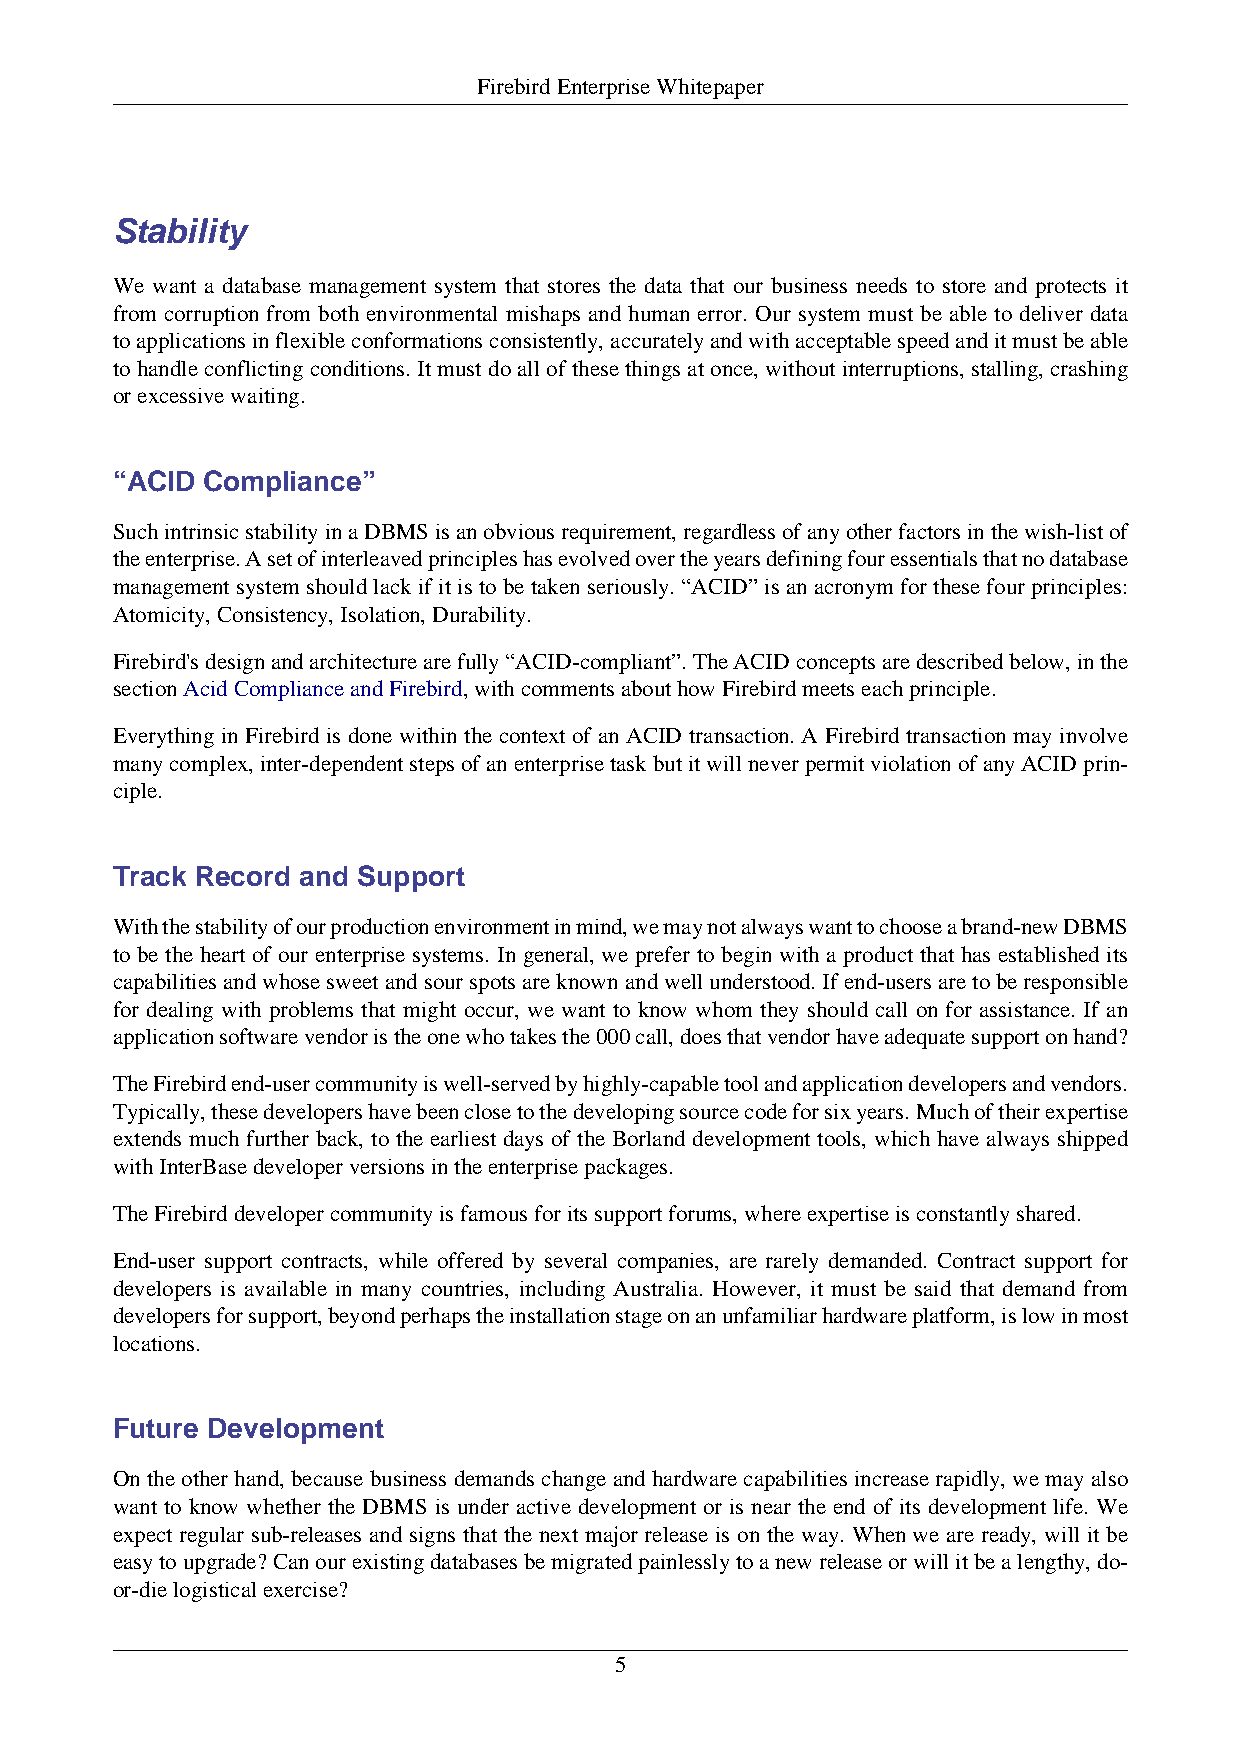
Firebird Enterprise Whitepaper
 Stability
 We want a database management system that stores the data that our business needs to store and protects it
 from corruption from both environmental mishaps and human error. Our system must be able to deliver data
 to applications in flexible conformations consistently, accurately and with acceptable speed and it must be able
 to handle conflicting conditions. It must do all of these things at once, without interruptions, stalling, crashing
 or excessive waiting.
 “ACID Compliance”
 Such intrinsic stability in a DBMS is an obvious requirement, regardless of any other factors in the wish-list of
 the enterprise. A set of interleaved principles has evolved over the years defining four essentials that no database
 management system should lack if it is to be taken seriously. “ACID” is an acronym for these four principles:
 Atomicity, Consistency, Isolation, Durability.
 Firebird's design and architecture are fully “ACID-compliant”. The ACID concepts are described below, in the
 section Acid Compliance and Firebird, with comments about how Firebird meets each principle.
 Everything in Firebird is done within the context of an ACID transaction. A Firebird transaction may involve
 many complex, inter-dependent steps of an enterprise task but it will never permit violation of any ACID prin-
 ciple.
 Track Record and Support
 With the stability of our production environment in mind, we may not always want to choose a brand-new DBMS
 to be the heart of our enterprise systems. In general, we prefer to begin with a product that has established its
 capabilities and whose sweet and sour spots are known and well understood. If end-users are to be responsible
 for dealing with problems that might occur, we want to know whom they should call on for assistance. If an
 application software vendor is the one who takes the 000 call, does that vendor have adequate support on hand?
 The Firebird end-user community is well-served by highly-capable tool and application developers and vendors.
 Typically, these developers have been close to the developing source code for six years. Much of their expertise
 extends much further back, to the earliest days of the Borland development tools, which have always shipped
 with InterBase developer versions in the enterprise packages.
 The Firebird developer community is famous for its support forums, where expertise is constantly shared.
 End-user support contracts, while offered by several companies, are rarely demanded. Contract support for
 developers is available in many countries, including Australia. However, it must be said that demand from
 developers for support, beyond perhaps the installation stage on an unfamiliar hardware platform, is low in most
 locations.
 Future Development
 On the other hand, because business demands change and hardware capabilities increase rapidly, we may also
 want to know whether the DBMS is under active development or is near the end of its development life. We
 expect regular sub-releases and signs that the next major release is on the way. When we are ready, will it be
 easy to upgrade? Can our existing databases be migrated painlessly to a new release or will it be a lengthy, do-
 or-die logistical exercise?
 5